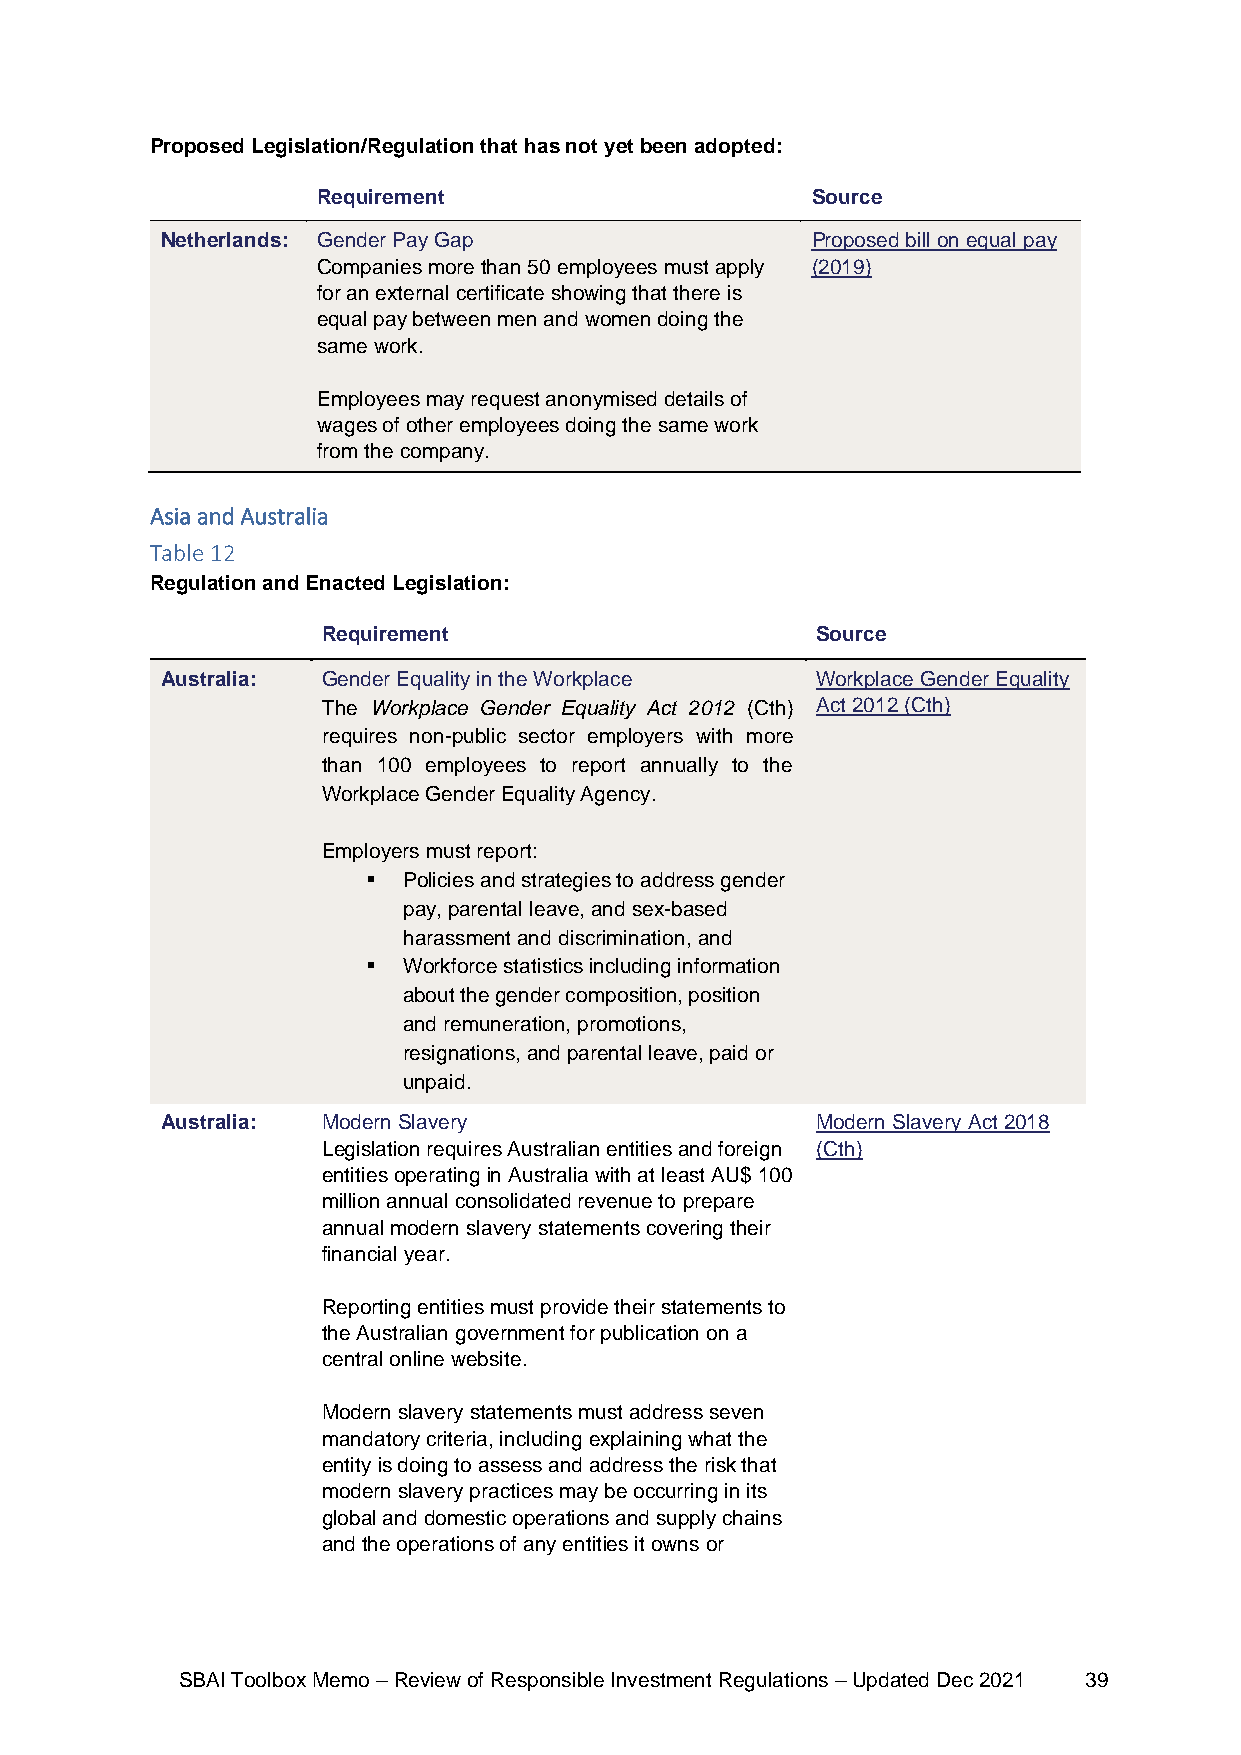
Proposed Legislation/Regulation that has not yet been adopted:
 Requirement                      Source
 Netherlands: Gender Pay Gap                Proposed bill on equal pay
 Companies more than 50 employees must apply (2019)
 for an external certificate showing that there is
 equal pay between men and women doing the
 same work.
 Employees may request anonymised details of
 wages of other employees doing the same work
 from the company.
 Asia and Australia
 Table 12
 Regulation and Enacted Legislation:
 Requirement                      Source
 Australia: Gender Equality in the Workplace Workplace Gender Equality
 The Workplace Gender Equality Act 2012 (Cth) Act 2012 (Cth)
 requires non-public sector employers with more
 than 100 employees to report annually to the
 Workplace Gender Equality Agency.
 Employers must report:
 ▪  Policies and strategies to address gender
 pay, parental leave, and sex-based
 harassment and discrimination, and
 ▪  Workforce statistics including information
 about the gender composition, position
 and remuneration, promotions,
 resignations, and parental leave, paid or
 unpaid.
 Australia: Modern Slavery                  Modern Slavery Act 2018
 Legislation requires Australian entities and foreign (Cth)
 entities operating in Australia with at least AU$ 100
 million annual consolidated revenue to prepare
 annual modern slavery statements covering their
 financial year.
 Reporting entities must provide their statements to
 the Australian government for publication on a
 central online website.
 Modern slavery statements must address seven
 mandatory criteria, including explaining what the
 entity is doing to assess and address the risk that
 modern slavery practices may be occurring in its
 global and domestic operations and supply chains
 and the operations of any entities it owns or
 SBAI Toolbox Memo – Review of Responsible Investment Regulations – Updated Dec 2021 39